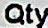
QTY